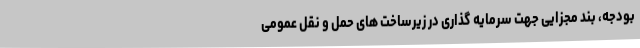
بودجه، بند مجزایی جهت سرمایه گذاری در زیرساخت های حمل و نقل عمومی